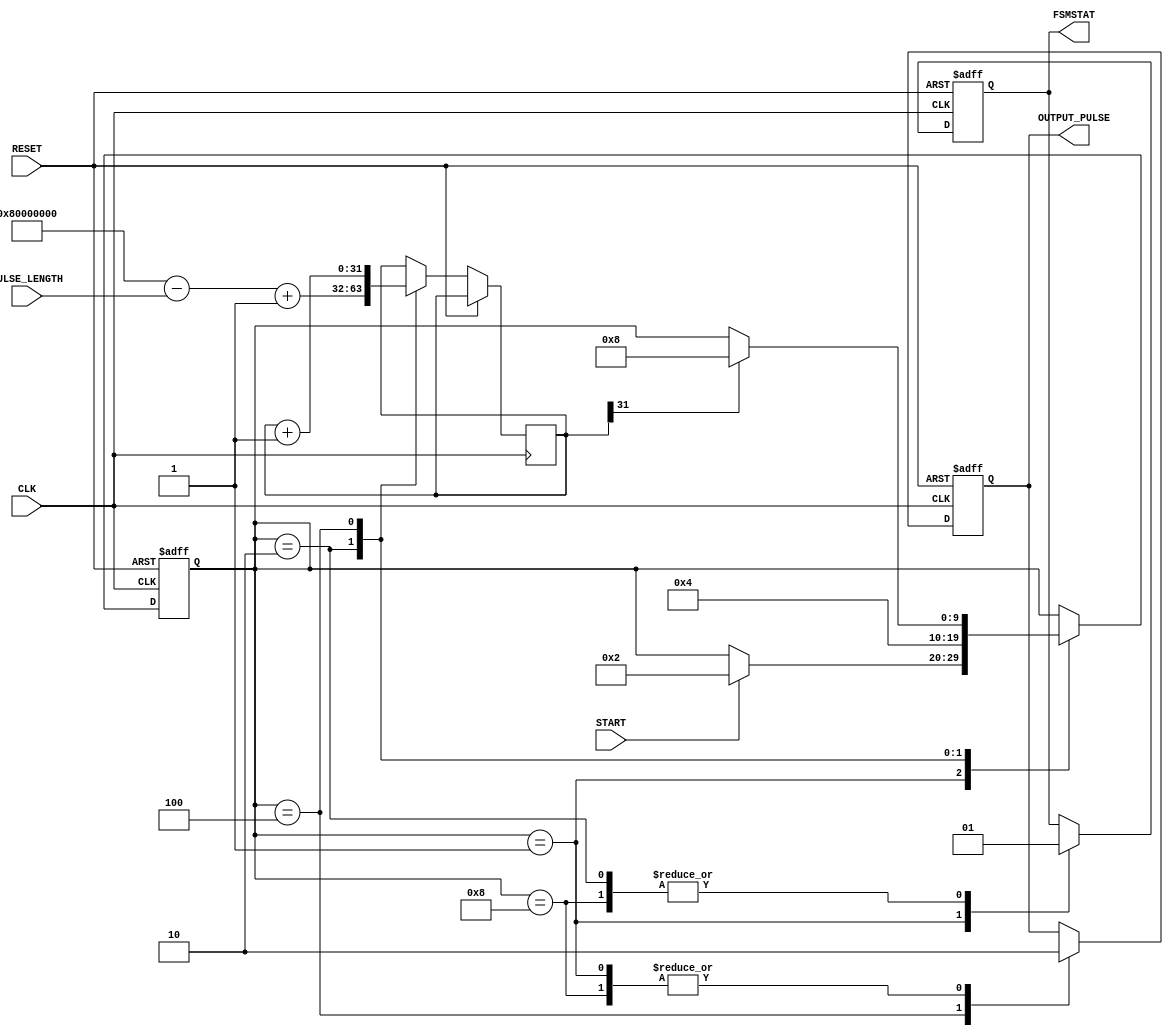
module IGBT_Pulse_Controller(
	CLK,
	RESET,
	

	START,
	FSMSTAT,
	
	PULSE_LENGTH,
	
	OUTPUT_PULSE
);
	//parameter PULSE_LENGTH = {32'd10; // fixed pulse length for now, 10 us
	
	parameter PULSE_WIDTH = 32; // Maximum pulse width
	parameter SYSTEM_TIMER_WIDTH = 32;
	
	// control signals
	input 		START;
	input [PULSE_WIDTH-1:0] PULSE_LENGTH;
	output reg 	FSMSTAT;
	
	// system clk
	input CLK; 
	input RESET;
	
	output 	 OUTPUT_PULSE;


	// system clock 
	reg [SYSTEM_TIMER_WIDTH-1:0] SYSTEM_TIMER_CNT;
	reg OUT_EN;
	
	reg [PULSE_WIDTH-1:0]	PULSE_CNT;
	
	reg [9:0] State; // synthesis keep = 1;
	localparam [9:0]
		S0 = 10'b0000000001,
		S1 = 10'b0000000010,
		S2 = 10'b0000000100,
		S3 = 10'b0000001000;
			
	initial begin
		OUT_EN	<= 1'b0;
		FSMSTAT	<=1'b0;
		
		State 	<= S0;
		//PULSE_LENGTH <= {2'b00, {(30){1'b1}}};
	end
		

// state machine for pulse length
	always @(posedge CLK, posedge RESET) begin // add reset and start? after
	
	
	if (RESET)
		begin
		
			FSMSTAT	<= 1'b0;
			OUT_EN	<= 1'b0;
			State	<= S0;
		end
		
	else 
		begin
			case (State)
				S0:
				begin
					OUT_EN	<= 1'b0;
					FSMSTAT	<=1'b0;
					
				// Wait for the Start signal
					if (START)
						State <= S1;
						
				end
			
				S1:
				begin
					PULSE_CNT		<= {1'b1,{ (PULSE_WIDTH-1) {1'b0} }} - PULSE_LENGTH + 1'b1;
					FSMSTAT <= 1'b1;
					State <= S2;
				end
				
				S2: // output pulse
				begin			
			
					OUT_EN <= 1'b1;
					PULSE_CNT <= PULSE_CNT + 1'b1;
							
					if (PULSE_CNT[PULSE_WIDTH - 1 ])
						State <= S3;
				end
				
				S3 : // end of sequence
				begin
					FSMSTAT <= 1'b1; //FSMSTAT <= 1'b0; for the moment, need a proof the system is working.
					OUT_EN <= 1'b0;
					//State <= S0; /// for now no loop 

				end
				
				default:
					$display(" Error");
				
			endcase
			
		end	
	end	
 assign	OUTPUT_PULSE = OUT_EN;

//	assign OUTPUT_PULSE <= OUT_EN;
	//test
	//assign OUTPUT_PULSE = 1'b1;

endmodule